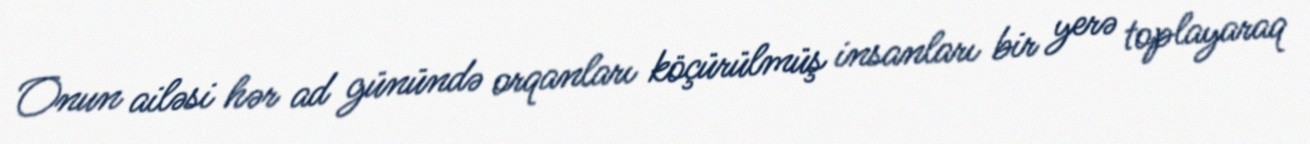
Onun ailəsi hər ad günündə orqanları köçürülmüş insanları bir yerə toplayaraq